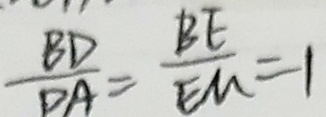
\frac { B D } { D A } = \frac { B E } { E M } = 1